Elephants and their diseases
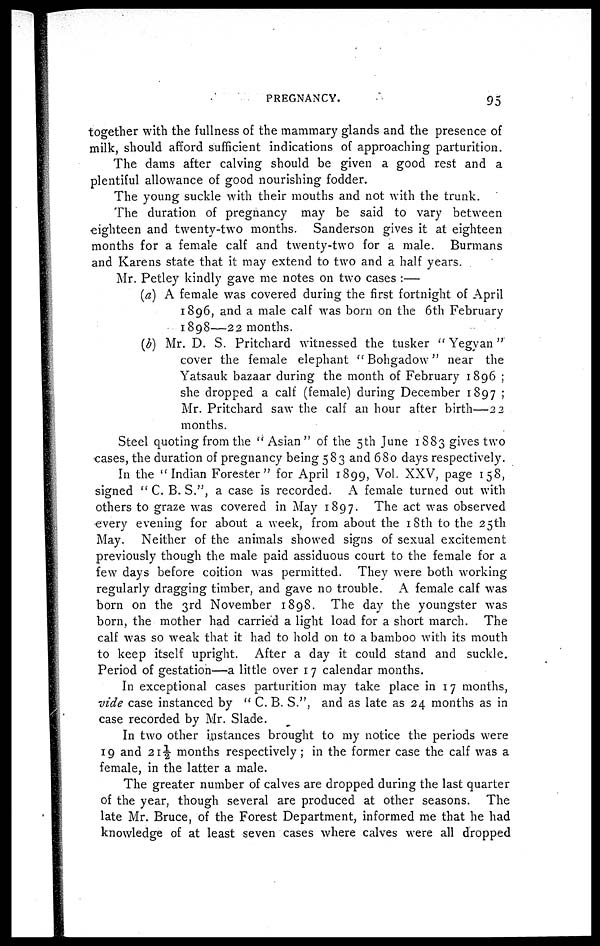
PREGNANCY.
95
together with the fullness of the mammary glands and the presence of
milk, should afford sufficient indications of approaching parturition.
The dams after calving should be given a good rest and a
plentiful allowance of good nourishing fodder.
The young suckle with their mouths and not with the trunk.
The duration of pregnancy may be said to vary between
eighteen and twenty-two months. Sanderson gives it at eighteen
months for a female calf and twenty-two for a male. Burmans
and Karens state that it may extend to two and a half years.
Mr. Petley kindly gave me notes on two cases :—
(a) A female was covered during the first fortnight of April
1896, and a male calf was born on the 6th February
1898—22 months.
(b) Mr. D. S. Pritchard witnessed the tusker " Yegyan"'
cover the female elephant "Bohgadow" near the
Yatsauk bazaar during the month of February 1896 ;
she dropped a calf (female) during December 1897 ;
Mr. Pritchard saw the calf an hour after birth—22
months.
Steel quoting from the " Asian " of the 5th June 1883 gives two
cases, the duration of pregnancy being 583 and 680 days respectively.
In the "Indian Forester" for April 1899, Vol. XXV, page 158,
signed " C. B. S.", a case is recorded. A female turned out with
others to graze was covered in May 1897. The act was observed
every evening for about a week, from about the 18th to the 25th
May. Neither of the animals showed signs of sexual excitement
previously though the male paid assiduous court to the female for a
few days before coition was permitted. They were both working
regularly dragging timber, and gave no trouble. A female calf was
born on the 3rd November 1898. The day the youngster was
born, the mother had carried a light load for a short march. The
calf was so weak that it had to hold on to a bamboo with its mouth
to keep itself upright. After a day it could stand and suckle.
Period of gestation—a little over 17 calendar months.
In exceptional cases parturition may take place in 17 months,
vide case instanced by " C. B. S.", and as late as 24 months as in
case recorded by Mr. Slade.
In two other instances brought to my notice the periods were
19 and 21½ months respectively ; in the former case the calf was a
female, in the latter a male.
The greater number of calves are dropped during the last quarter
of the year, though several are produced at other seasons. The
late Mr. Bruce, of the Forest Department, informed me that he had
knowledge of at least seven cases where calves were all dropped